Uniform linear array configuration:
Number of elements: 32
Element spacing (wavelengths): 0.25
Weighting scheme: blackman
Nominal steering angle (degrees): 0
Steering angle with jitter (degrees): -0.6349
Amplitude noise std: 0.05
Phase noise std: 0.05

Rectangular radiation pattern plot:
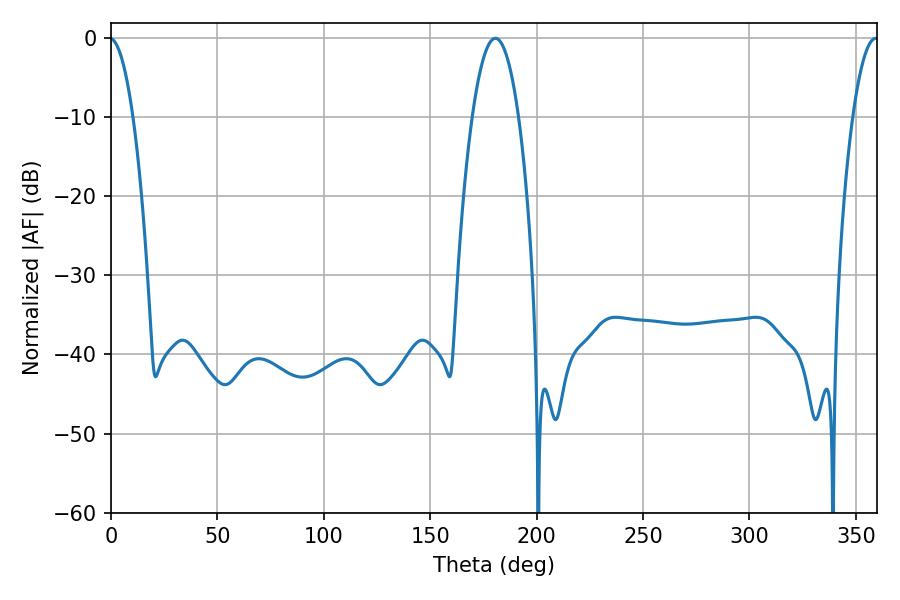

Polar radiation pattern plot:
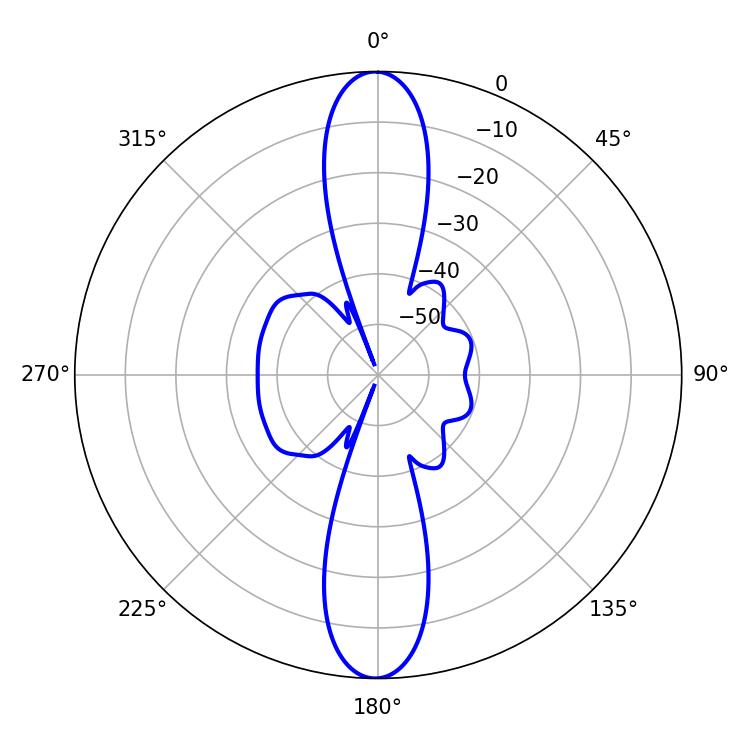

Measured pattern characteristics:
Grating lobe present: FALSE
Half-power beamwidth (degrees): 12.06
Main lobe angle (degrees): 180.54